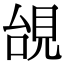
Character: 𧠜